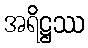
အရိဋ္ဌဿ